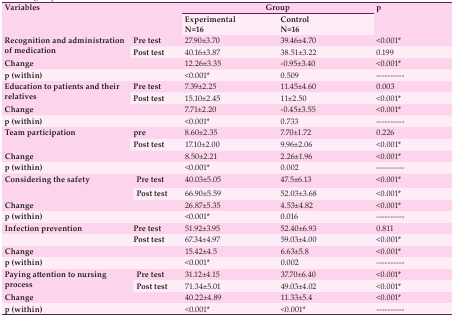
<table><thead><tr><td rowspan="2" colspan="4"><b>Variables</b></td><td colspan="2"><b>Group</b></td><td rowspan="2"><b>p</b></td></tr><tr><td><b>Experimental N=16</b></td><td><b>Control N=16</b></td></tr></thead><tbody><tr><td rowspan="2"><b>Recognition and administration of medication</b></td><td colspan="3"><b>Pre test</b></td><td> 27.90±3.70 </td><td> 39.46±4.70 </td><td>&lt;0.001<b>*</b></td></tr><tr><td colspan="3"><b>Post test</b></td><td> 40.16±3.87 </td><td> 38.51±3.22 </td><td> 0.199 </td></tr><tr><td colspan="4"><b>Change </b></td><td> 12.26±3.35 </td><td> -0.95±3.40 </td><td>&lt;0.001<b>*</b></td></tr><tr><td colspan="4"><b>p (within)</b></td><td>&lt;0.001<b>*</b></td><td> 0. 509 </td><td> ---------- </td></tr><tr><td rowspan="2"><b>Education to patients and their relatives</b></td><td colspan="3"><b>Pre test</b></td><td> 7.39±2.25 </td><td> 11.45±4.60 </td><td> 0.003 </td></tr><tr><td colspan="3"><b>Post test</b></td><td> 15.10±2.45 </td><td> 11±2.50 </td><td>&lt;0.001<b>*</b></td></tr><tr><td colspan="4"><b>Change </b></td><td> 7.71±2.20 </td><td> -0.45±3.55 </td><td>&lt;0.001<b>*</b></td></tr><tr><td colspan="4"><b>p (within)</b></td><td>&lt;0.001<b>*</b></td><td> 0.733 </td><td> ---------- </td></tr><tr><td rowspan="2"><b>Team participation</b></td><td colspan="3"><b>Pre test</b></td><td> 8.60±2.35 </td><td> 7.70±1.72 </td><td> 0.226 </td></tr><tr><td colspan="3"><b>Post test</b></td><td> 17.10±2.00 </td><td> 9.96±2.06 </td><td>&lt;0.001<b>*</b></td></tr><tr><td colspan="4"><b>Change </b></td><td> 8.50±2.21 </td><td> 2.26±1.96 </td><td>&lt;0.001<b>*</b></td></tr><tr><td colspan="4"><b>p (within)</b></td><td>&lt;0.001<b>*</b></td><td> 0.002 </td><td> ---------- </td></tr><tr><td rowspan="2"><b>Considering the safety</b></td><td colspan="3"><b>Pre test</b></td><td> 40.03±5.05 </td><td> 47.5±6.13 </td><td>&lt;0.001<b>*</b></td></tr><tr><td colspan="3"><b>Post test</b></td><td> 66.90±5.59 </td><td> 52.03±3.68 </td><td>&lt;0.001<b>*</b></td></tr><tr><td colspan="4"><b>Change </b></td><td> 26.87±5.35 </td><td> 4.53±4.82 </td><td>&lt;0.001<b>*</b></td></tr><tr><td colspan="4"><b>p (within)</b></td><td>&lt;0.001<b>*</b></td><td> 0.016 </td><td> ---------- </td></tr><tr><td rowspan="2"><b>Infection prevention</b></td><td colspan="3"><b>Pre test</b></td><td> 51.92±3.95 </td><td> 52.40±6.93 </td><td> 0.811 </td></tr><tr><td colspan="3"><b>Post test</b></td><td> 67.34±4.97 </td><td> 59.03±4.00 </td><td>&lt;0.001<b>*</b></td></tr><tr><td colspan="4"><b>Change </b></td><td> 15.42±4.5 </td><td> 6.63±5.8 </td><td>&lt;0.001<b>*</b></td></tr><tr><td colspan="4"><b>p (within)</b></td><td>&lt;0.001<b>*</b></td><td> 0.002 </td><td> ---------- </td></tr><tr><td rowspan="2"><b>Paying attention tonursing process</b></td><td colspan="3"><b>Pre test</b></td><td> 31.12±4.15 </td><td> 37.70±6.40 </td><td>&lt;0.001<b>*</b></td></tr><tr><td colspan="3"><b>Post test</b></td><td> 71.34±5.01 </td><td> 49.03±4.02 </td><td>&lt;0.001<b>*</b></td></tr><tr><td colspan="4"><b>Change </b></td><td> 40.22±4.89 </td><td> 11.33±5.4 </td><td>&lt;0.001<b>*</b></td></tr><tr><td colspan="4"><b>p (within)</b></td><td>&lt;0.001<b>*</b></td><td>&lt;0.001<b>*</b></td><td> ---------- </td></tr></tbody></table>